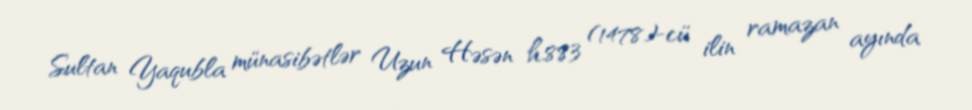
Sultan Yaqubla münasibətlər Uzun Həsən h.883 (1478)-cü ilin ramazan ayında